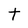
Character: t